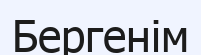
Бергенім